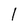
Character: 1